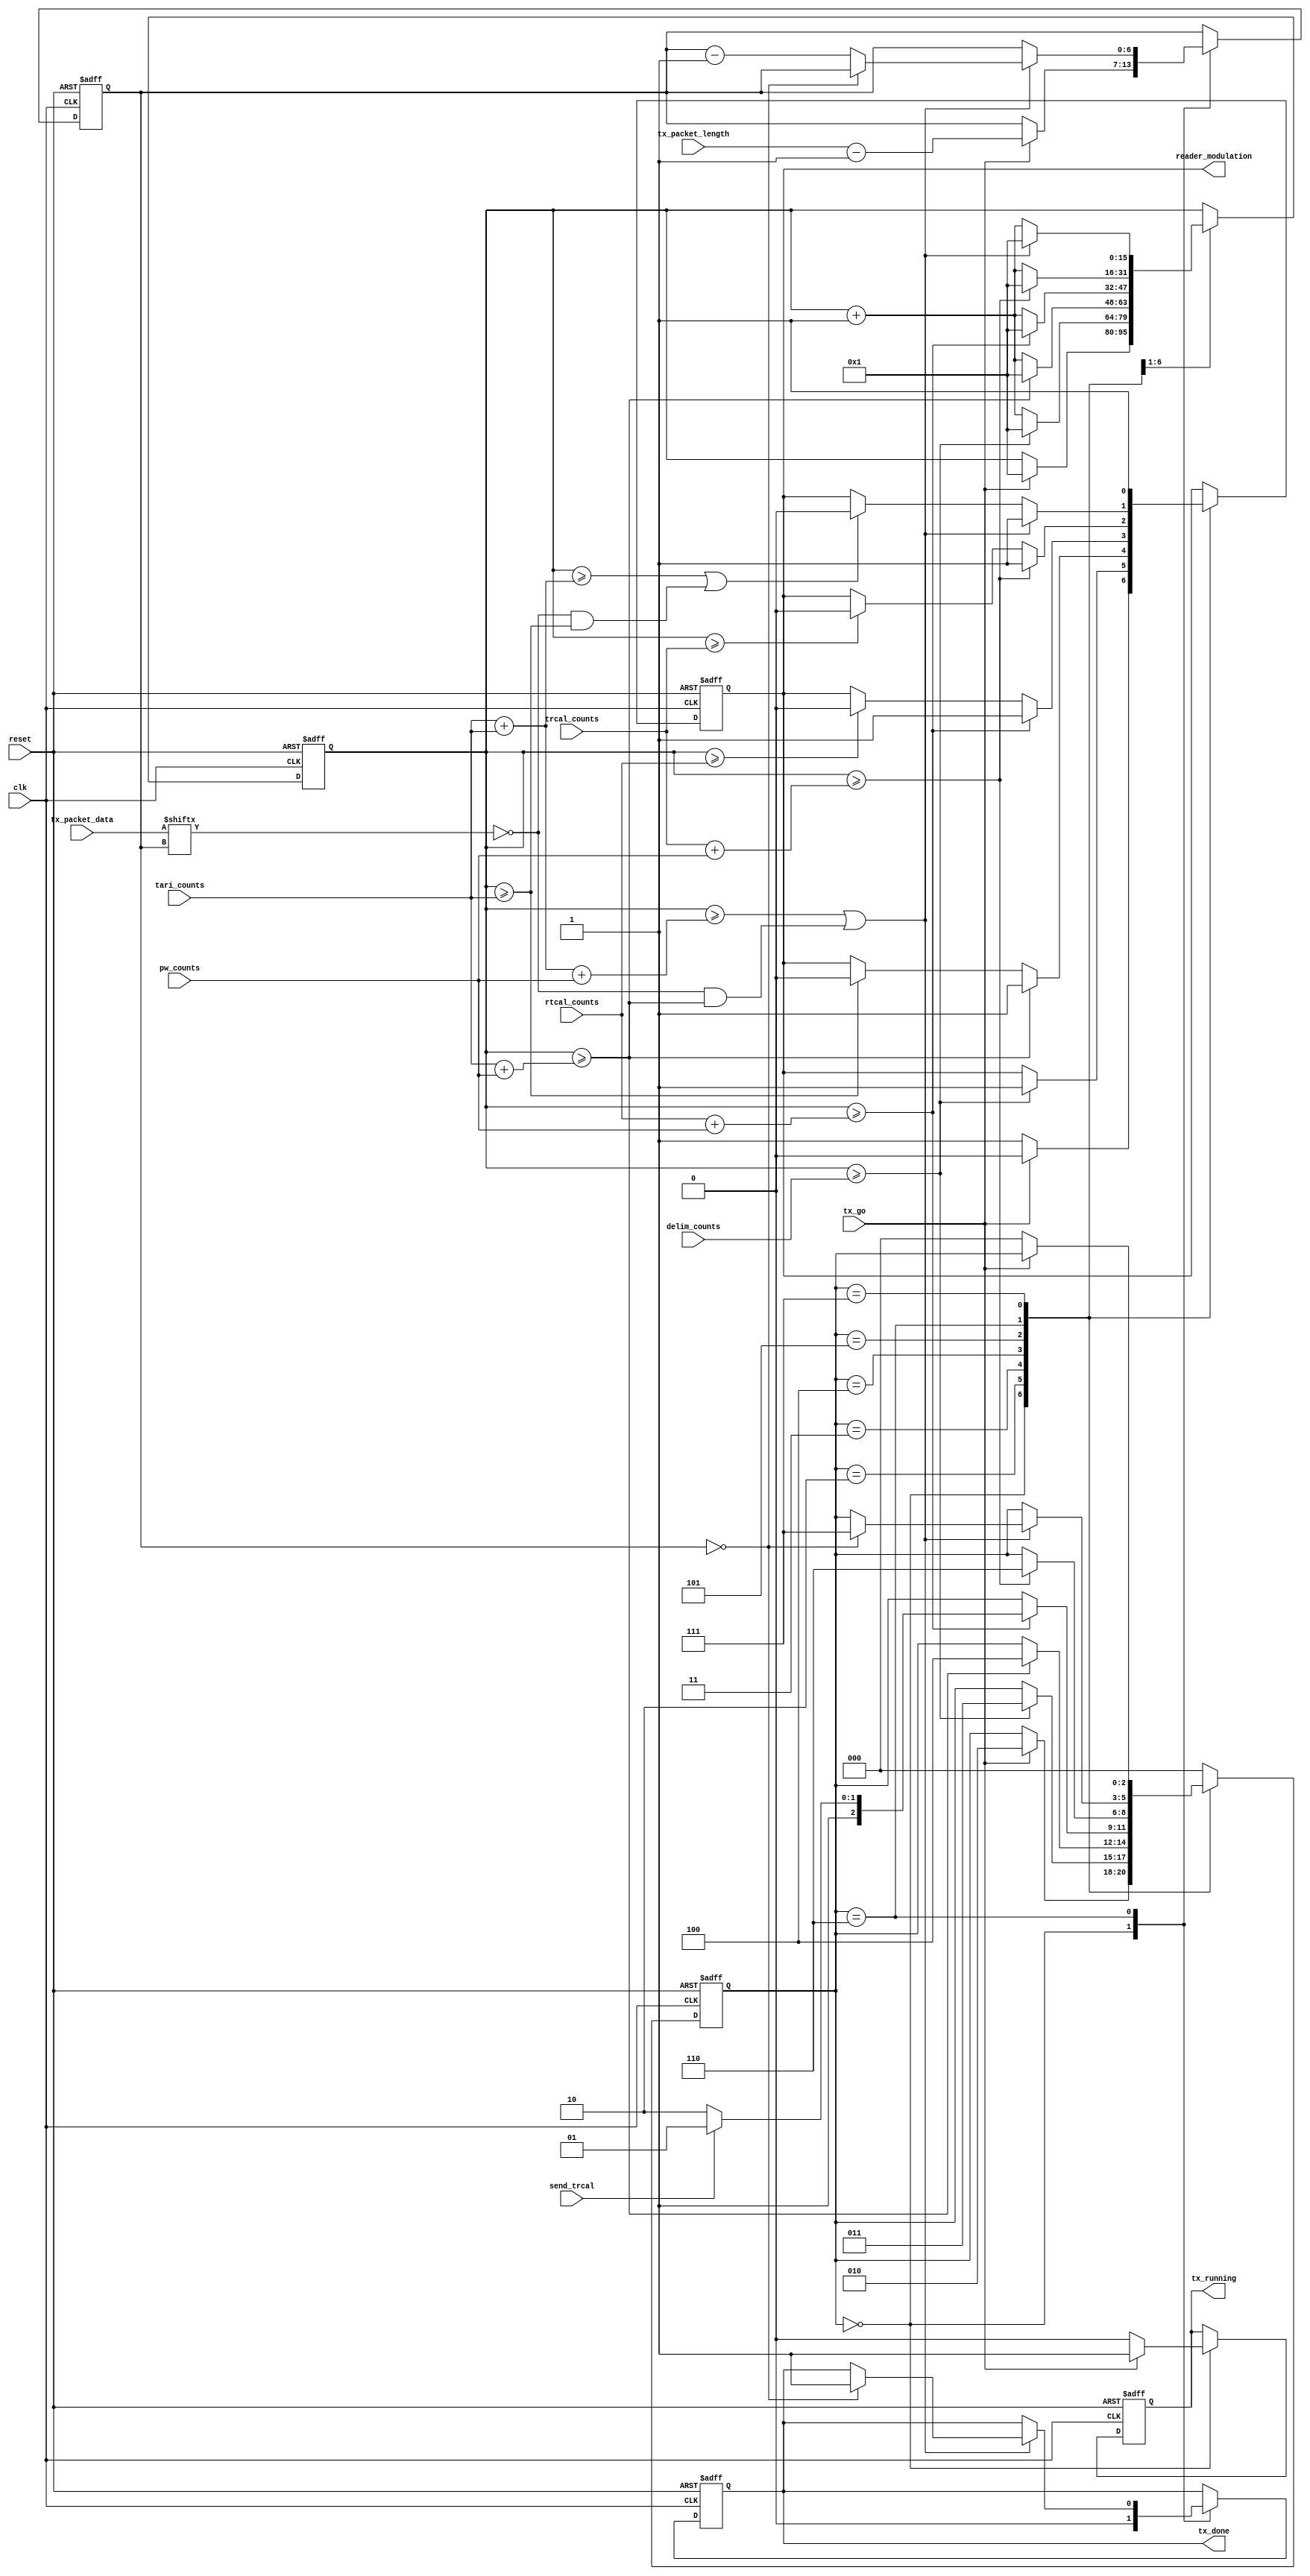
module rfid_reader_tx (
                       // basic setup connections
                       reset, clk, reader_modulation,
                       // control signals
                       tx_done, tx_running, tx_go, send_trcal,
                       // timing information
                       delim_counts, pw_counts, rtcal_counts, trcal_counts, tari_counts,
                       // payload information
                       tx_packet_length, tx_packet_data
                       );

input  reset, clk, send_trcal, tx_go;
output reader_modulation;
output tx_done, tx_running;

input [15:0] delim_counts, pw_counts, rtcal_counts, trcal_counts, tari_counts;

input [6:0]   tx_packet_length;
input [127:0] tx_packet_data;

reg [2:0] tx_state;
parameter STATE_IDLE         = 3'd0;
parameter STATE_DELIM        = 3'd2;
parameter STATE_DATA0        = 3'd3;
parameter STATE_RTCAL        = 3'd4;
parameter STATE_TRCAL        = 3'd5;
parameter STATE_DATA         = 3'd6;
parameter STATE_WAIT_FOR_RX  = 3'd7;

reg modout;
assign reader_modulation = modout;

reg [15:0] count;
reg [6:0] current_tx_bit;

reg tx_done, tx_running;

wire current_bit, data0_bit_end, data0_bit_transition, data1_bit_end, data1_bit_transition, bit_transition, bit_end;
wire [15:0] data0_end_count, data1_end_count, data0_tran_count, data1_tran_count; 
assign current_bit          = tx_packet_data[current_tx_bit];
assign data0_end_count      = tari_counts+pw_counts;
assign data1_end_count      = tari_counts+tari_counts+pw_counts;
assign data0_tran_count     = tari_counts;
assign data1_tran_count     = tari_counts+tari_counts;
assign data0_bit_end        = (count >= data0_end_count);
assign data0_bit_transition = (count >= data0_tran_count);
assign data1_bit_end        = (count >= data1_end_count);
assign data1_bit_transition = (count >= data1_tran_count);
assign bit_transition       = data1_bit_transition | (!current_bit & data0_bit_transition);
assign bit_end              = data1_bit_end | (!current_bit & data0_bit_end);

wire rtcal_end, rtcal_transition, trcal_end, trcal_transition;
wire [15:0] rtcal_end_count, trcal_end_count; 

assign rtcal_end_count  = rtcal_counts+pw_counts;
assign trcal_end_count  = trcal_counts+pw_counts;
assign rtcal_end        = (count >= rtcal_end_count);
assign rtcal_transition = (count >= rtcal_counts);
assign trcal_end        = (count >= trcal_end_count);
assign trcal_transition = (count >= trcal_counts);

always @ (posedge clk or posedge reset) begin
  if (reset) begin
    tx_state <= 0;
    modout   <= 0;
    count    <= 0;
    current_tx_bit <= 0;
    tx_done        <= 0;
    tx_running     <= 0;
    
  end else begin
    case(tx_state)
      STATE_IDLE: begin
        tx_done    <= 0;
        if(tx_go) begin
          tx_state   <= STATE_DELIM;
          count      <= 1;
          tx_running <= 1;
          modout     <= 0;
          current_tx_bit <= tx_packet_length - 1;
        end else begin
          tx_running <= 0;
          modout     <= 1;
        end
      end

      STATE_DELIM: begin
        if( count >= delim_counts ) begin
          modout   <= 1;
          count    <= 1;
          tx_state <= STATE_DATA0;
        end else begin
          count    <= count + 1;
        end
      end

      STATE_DATA0: begin
        if( data0_bit_end ) begin
          tx_state <= STATE_RTCAL;
          count    <= 1;
          modout   <= 1;
        end else if ( data0_bit_transition ) begin
          modout <= 0;
          count  <= count + 1;
        end else begin
          count <= count + 1;
        end
      end

      STATE_RTCAL: begin
        if( rtcal_end ) begin
          if (send_trcal) tx_state <= STATE_TRCAL;
          else            tx_state <= STATE_DATA;
          count  <= 1;
          modout <= 1;
        end else if( rtcal_transition ) begin
          modout <= 0;
          count  <= count + 1;
        end else begin
          count <= count + 1;
        end
      end
      
      STATE_TRCAL: begin
        if( trcal_end ) begin
          tx_state <= STATE_DATA;
          count    <= 1;
          modout   <= 1;
        end else if( trcal_transition ) begin
          modout <= 0;
          count  <= count + 1;
        end else begin
          count <= count + 1;
        end
      end

      STATE_DATA: begin
        if (bit_end) begin
          count    <= 1;
          modout   <= 1;
          
          if (current_tx_bit == 0) begin
            tx_state <= STATE_WAIT_FOR_RX;
            tx_done  <= 1;
          end else begin
            current_tx_bit <= current_tx_bit - 1;
          end
          
        end else if (bit_transition) begin
          modout <= 0;
          count  <= count + 1;
        end else begin
          count <= count + 1;
        end
      end
      
      STATE_WAIT_FOR_RX: begin
         modout   <= 1;
         if(!tx_go) tx_state <= 0;
      end

      default: begin
        tx_state <= 0;
      end
    endcase
  end
end

endmodule